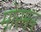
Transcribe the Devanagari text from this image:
मोरमन